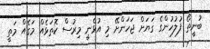
ބުނީތޯ ފުލުހުންގެ ގަޔަށް ޖަހަންށޭ މި އުޅެނީ މިރުސް ކޮތަޅެއް މަގެއް މަތީ